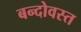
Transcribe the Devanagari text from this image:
बन्दोवस्त